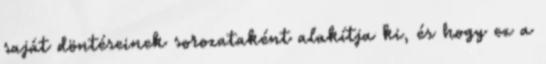
saját döntéseinek sorozataként alakítja ki, és hogy ez a